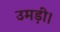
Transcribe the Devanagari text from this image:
उमड़ी।